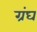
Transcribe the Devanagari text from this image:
ग्रंघ